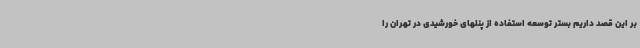
بر این قصد داریم بستر توسعه استفاده از پنلهای خورشیدی در تهران را